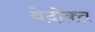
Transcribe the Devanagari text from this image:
वेदोक्‍त